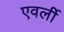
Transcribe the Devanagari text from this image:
एवर्ली